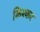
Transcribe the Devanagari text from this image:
किश्कर